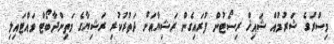
މިސްރުގެ ޝަރުމުއް ޝައިޚް ރިސޯޓުން ފުރައިގެން ރަޝިޔާއަށް ދަތުރުކުރި ރަޝިޔާގެ މަތިންދާބޯޓް ވައްޓައިލި